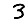
Digit: 3